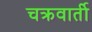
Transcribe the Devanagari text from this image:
चक्रवार्ती